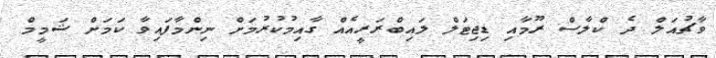
ވާޗުއަލް ދެ ކްލާސް ރޫމާއި ޑިޖިޓަލް ލައިބްރަރީއެއް ގާއިމުކުރުމަށް ނިންމާފައިވާ ކަމަށް ޝަމީމް